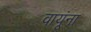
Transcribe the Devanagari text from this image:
वायूंना